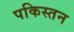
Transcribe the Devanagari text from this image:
पकिस्तन